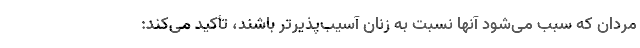
مردان که سبب می‌شود آنها نسبت به زنان آسیب‌پذیرتر باشند، تأکید می‌کند: